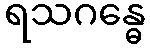
ရသဂန္ဓေ